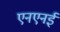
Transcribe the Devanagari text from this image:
एनएनई